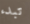
تبدء